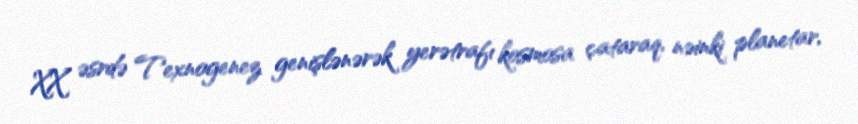
XX əsrdə Texnogenez genişlənərək yerətrafı kosmosa çataraq, nəinki planetar,